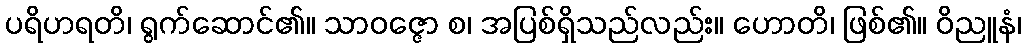
ပရိဟရတိ၊ ရွက်ဆောင်၏။ သာဝဇ္ဇော စ၊ အပြစ်ရှိသည်လည်း။ ဟောတိ၊ ဖြစ်၏။ ဝိညူနံ၊